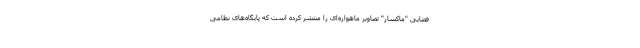
فضایی "ماکسار" تصاویر ماهواره‌ای را منتشر کرده است که پایگاه‌های نظامی